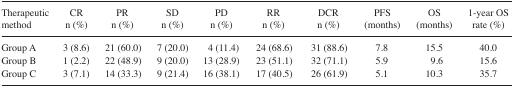
<table><thead><tr><td><b>Therapeutic method</b></td><td><b>CR n (%)</b></td><td><b>PR n (%)</b></td><td><b>SD n (%)</b></td><td><b>PD n (%)</b></td><td><b>RR n (%)</b></td><td><b>DCR n (%)</b></td><td><b>PFS (months)</b></td><td><b>OS (months)</b></td><td><b>1-year OS rate (%)</b></td></tr></thead><tbody><tr><td>Group A</td><td>3 (8.6)</td><td>21 (60.0)</td><td>7 (20.0)</td><td>4 (11.4)</td><td>24 (68.6)</td><td>31 (88.6)</td><td>7.8</td><td>15.5</td><td>40.0</td></tr><tr><td>Group B</td><td>1 (2.2)</td><td>22 (48.9)</td><td>9 (20.0)</td><td>13 (28.9)</td><td>23 (51.1)</td><td>32 (71.1)</td><td>5.9</td><td>9.6</td><td>15.6</td></tr><tr><td>Group C</td><td>3 (7.1)</td><td>14 (33.3)</td><td>9 (21.4)</td><td>16 (38.1)</td><td>17 (40.5)</td><td>26 (61.9)</td><td>5.1</td><td>10.3</td><td>35.7</td></tr></tbody></table>